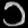
Digit: ၁